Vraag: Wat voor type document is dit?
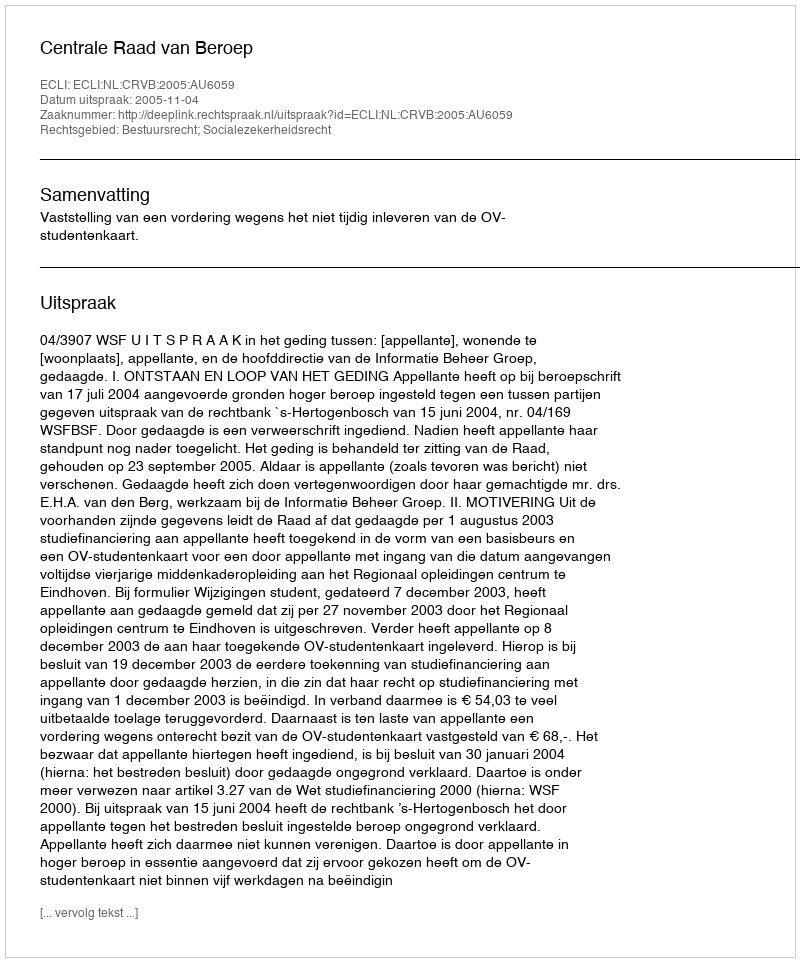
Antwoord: Uitspraak